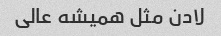
لادن مثل همیشه عالی